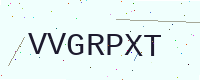
Text: VVGRPXT